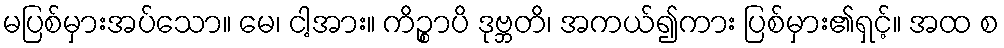
မပြစ်မှားအပ်သော။ မေ၊ ငါ့အား။ ကိဉ္စာပိ ဒုဗ္ဘတိ၊ အကယ်၍ကား ပြစ်မှား၏ရှင့်။ အထ စ